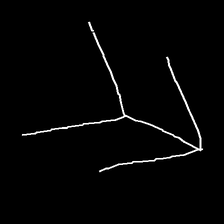
Glyph: gather